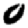
Digit: 0